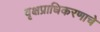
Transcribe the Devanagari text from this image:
वृक्षप्राधिकरणाचे